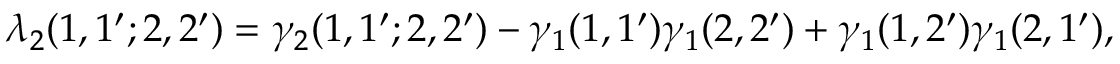
\lambda _ { 2 } ( 1 , 1 ^ { \prime } ; 2 , 2 ^ { \prime } ) = \gamma _ { 2 } ( 1 , 1 ^ { \prime } ; 2 , 2 ^ { \prime } ) - \gamma _ { 1 } ( 1 , 1 ^ { \prime } ) \gamma _ { 1 } ( 2 , 2 ^ { \prime } ) + \gamma _ { 1 } ( 1 , 2 ^ { \prime } ) \gamma _ { 1 } ( 2 , 1 ^ { \prime } ) ,